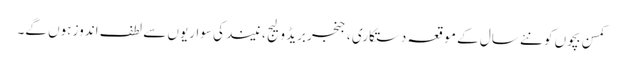
کمسن بچوں کو نئے سال کے موقعہ دستکاری ، جنجربریڈ ولیج ، نیند کی سواریوں سے لطف اندوز ہوں گے۔